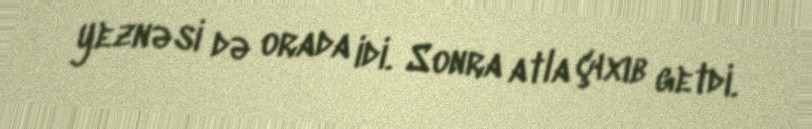
yeznəsi də orada idi. Sonra atla çıxıb getdi.